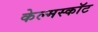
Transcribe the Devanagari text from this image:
केल्मस्काॅट